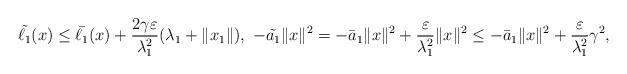
LaTeX: \begin{align*}\tilde{\ell_{1}}(x) \leq \bar{\ell_{1}}(x)+\frac{2\gamma\varepsilon}{\lambda_{1}^2}(\lambda_{1} + \|x_{1}\|), \ -\tilde{a_{1}}\|x\|^2=-\bar{a}_{1}\|x\|^2+\frac{\varepsilon}{\lambda_{1}^2}\|x\|^2\leq-\bar{a}_{1}\|x\|^2+\frac{\varepsilon}{\lambda_{1}^2}\gamma^2 ,\end{align*}